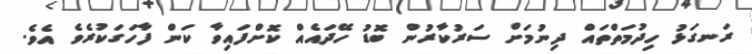
ރަނގަޅު ހިދުމަތްތައް ދިނުމަށް ސަރުކާރުން ބޮޑު ހޭދައެއްް ކޮށްފައިވާ ކަން ފާހަގަކުރެވެ އެވެ.